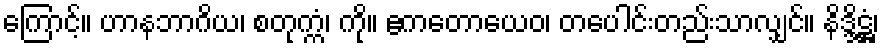
ကြောင့်။ ဟာနဘာဂိယ၊ စတုက္ကံ၊ ကို။ ဧကတောယေဝ၊ တပေါင်းတည်းသာလျှင်။ နိဒ္ဒိဋ္ဌံ၊